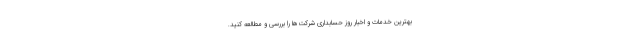
بهترین خدمات و اخبار روز حسابداری شرکت‌ها را بررسی و مطالعه کنید.